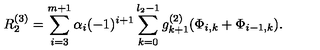
R _ { 2 } ^ { \left( 3 \right) } = \sum _ { i = 3 } ^ { m + 1 } \alpha _ { i } ( - 1 ) ^ { i + 1 } \sum _ { k = 0 } ^ { l _ { 2 } - 1 } g _ { k + 1 } ^ { \left( 2 \right) } ( \Phi _ { i , k } + \Phi _ { i - 1 , k } ) .